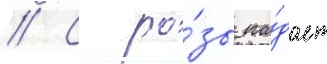
// С ро́зы па́дает